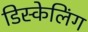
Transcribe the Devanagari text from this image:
डिस्केलिंग